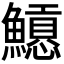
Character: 𩼲